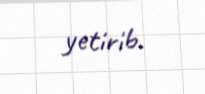
yetirib.